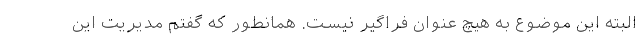
البته این موضوع به هیچ عنوان فراگیر نیست. همانطور که گفتم مدیریت این